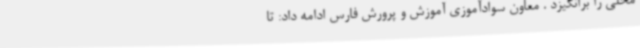
محلی را برانگیزد . معاون سوادآموزی آموزش و پرورش فارس ادامه داد: تا